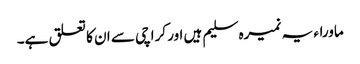
ماوراء یہ نمیرہ سلیم ہیں اور کراچی سے ان کا تعلق ہے۔